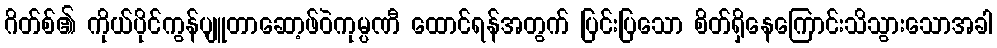
ဂိတ်စ်၏ ကိုယ်ပိုင်ကွန်ပျူတာဆော့ဖ်ဝဲကုမ္ပဏီ ထောင်ရန်အတွက် ပြင်းပြသော စိတ်ရှိနေကြောင်းသိသွားသောအခါ